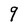
Character: q